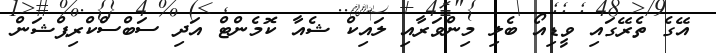
އޭގެ ތެރޭގައި ވީޑިއޯ ބެލި މިންވަރާއި ލައިކް ޝެއާ ކޮމެންޓް އަދި ސަބްސްކްރިޕްޝަން